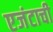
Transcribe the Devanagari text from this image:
एजंटाची